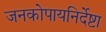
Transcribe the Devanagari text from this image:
जनकोपायनिर्देष्टा